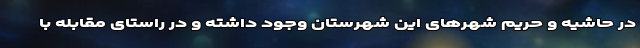
در حاشیه و حریم شهرهای این شهرستان وجود داشته و در راستای مقابله با